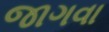
જાગવા